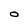
Character: O